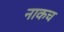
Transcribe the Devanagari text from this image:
नाकच